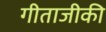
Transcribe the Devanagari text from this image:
गीताजीकी